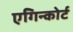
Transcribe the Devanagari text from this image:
एगिन्कोर्ट